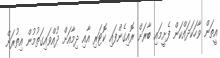
އީތަން ވާހަކަދައްކަން ފެށީމައި ބާރަށް ރޮއިގެންފައި ކޮޓަރި އާއި ދިމާއަށް ދުއްވައިގަތުމުން އިތުރަށް